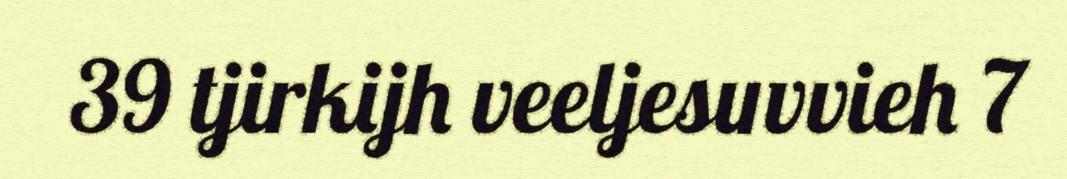
39 tjirkijh veeljesuvvieh 7